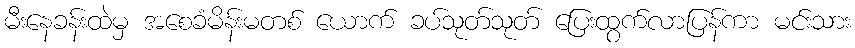
မီးနေခန်းထဲမှ အစေခံမိန်းမတစ် ယောက် ခပ်သုတ်သုတ် ပြေးထွက်လာပြန်ကာ မင်းသား